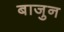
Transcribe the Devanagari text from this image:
बाजुन